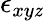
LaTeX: \epsilon_{xy\mathit{z}}